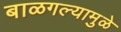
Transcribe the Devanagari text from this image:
बाळगल्यामुळे